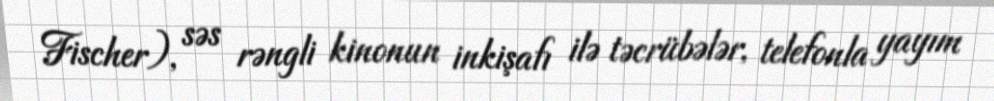
Fischer), səs rəngli kinonun inkişafı ilə təcrübələr, telefonla yayım